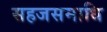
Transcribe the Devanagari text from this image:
सहजसमाधि